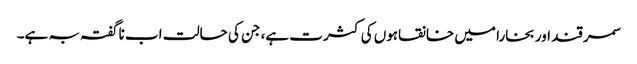
سمر قند اور بخارا میں خانقاہوں کی کثر ت ہے، جن کی حالت اب ناگفتہ بہ ہے۔